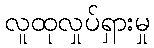
လူထုလှုပ်ရှားမှု